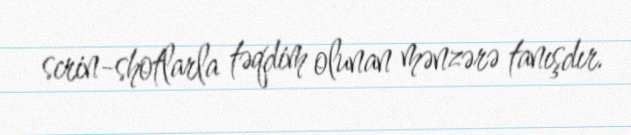
scrin-shotlarla təqdim olunan mənzərə tanışdır.